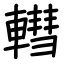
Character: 轊